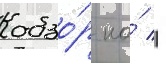
обзо́р на́